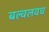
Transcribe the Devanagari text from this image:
बल्वलवध